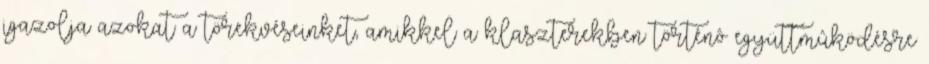
igazolja azokat a törekvéseinket, amikkel a klaszterekben történô együttmûködésre